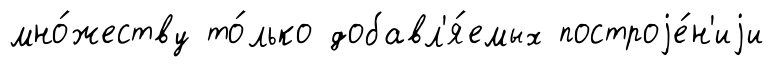
мно́жеству то́лько добавл'я́емых построjе́н'иjи